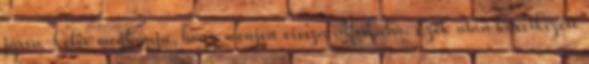
járva-kelve megkapja, hogy menjen vissza Afrikába. Ezek után következett